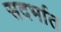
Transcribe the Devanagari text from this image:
सदर्भात